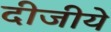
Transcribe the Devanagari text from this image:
दीजीये